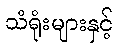
သံရုံးများနှင့်